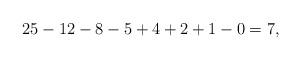
LaTeX: \begin{align*} 25 - 12 - 8 - 5 + 4 + 2 + 1 - 0 = 7, \end{align*}